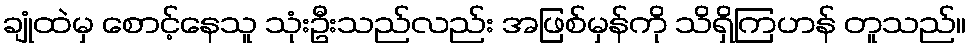
ချုံထဲမှ စောင့်နေသူ သုံးဦးသည်လည်း အဖြစ်မှန်ကို သိရှိကြဟန် တူသည်။